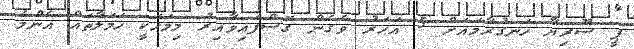
ޕީ ސޫރިޔާ ހަނގުރާމައަށް 5 އަހަރު ވެގެން ގޮސްފައިވާއިރު މިމަހަކީ ހަމަލާތައް އެންމެ